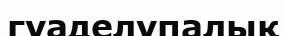
гуаделупалық